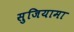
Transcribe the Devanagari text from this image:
सुजियामा